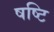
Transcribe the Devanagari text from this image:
षष्टि